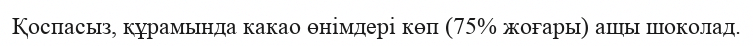
Қоспасыз, құрамында какао өнімдері көп (75% жоғары) ащы шоколад.